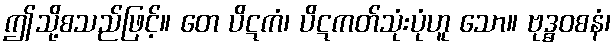
ဤသို့စသည်ဖြင့်။ တေ ပိဋကံ၊ ပိဋကတ်သုံးပုံဟူ သော။ ဗုဒ္ဓဝစနံ၊